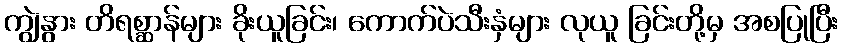
ကျွဲနွား တိရစ္ဆာန်များ ခိုးယူခြင်း၊ ကောက်ပဲသီးနှံများ လုယူ ခြင်းတို့မှ အစပြုပြီး